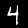
Digit: 4